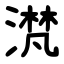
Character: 滼